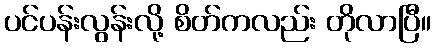
ပင်ပန်းလွန်းလို့ စိတ်ကလည်း တိုလာပြီ။